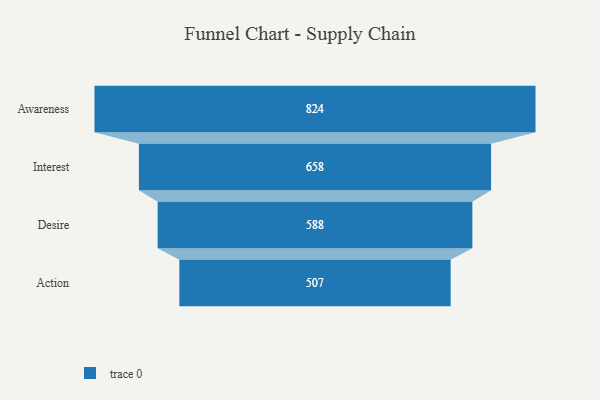
{"axis": {"x": "Stage", "y": "Value"}, "legend": [""], "data": [{"x": "Awareness", "y": 824.0, "type": ""}, {"x": "Interest", "y": 658.0, "type": ""}, {"x": "Desire", "y": 588.0, "type": ""}, {"x": "Action", "y": 507.0, "type": ""}]}